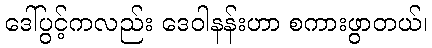
ဒေါ်ပွင့်ကလည်း ဒေဝါနန်းဟာ စကားဖွာတယ်၊